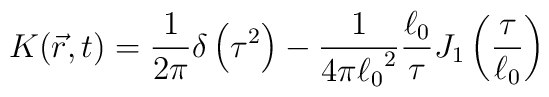
K(\vec r,t) = \frac{1}{2\pi}\delta\left(\tau^2\right)-\frac{1}{4\pi{\ell_{0}}^{2}}\frac{\ell_{0}}{\tau}J_{1}\left(\frac{\tau}{\ell_{0}}\right)